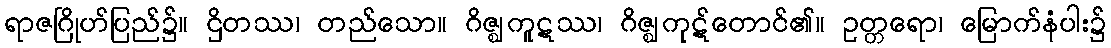
ရာဇဂြိုဟ်ပြည်၌။ ဌိတဿ၊ တည်သော။ ဂိဇ္ဈကူဋဿ၊ ဂိဇ္ဈကုဋ်တောင်၏။ ဥတ္တရော၊ မြောက်နံပါး၌